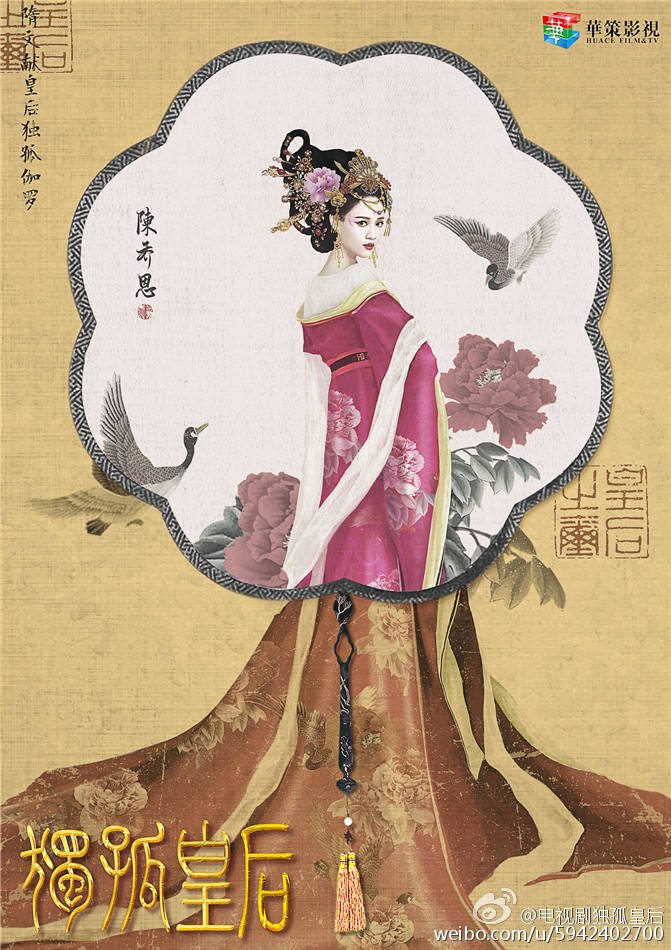
云移雉尾开宫扇，日绕龙鳞识圣颜。